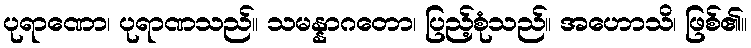
ပုရာဏော၊ ပုရာဏသည်။ သမန္နာဂတော၊ ပြည့်စုံသည်။ အဟောသိ၊ ဖြစ်၏။